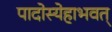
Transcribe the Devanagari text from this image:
पादोस्येहाभवत्